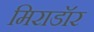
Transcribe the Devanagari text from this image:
मिराडॉर